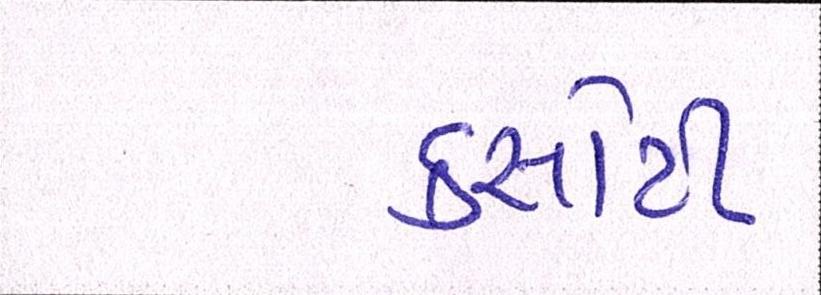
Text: કસોટી